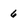
Character: 6